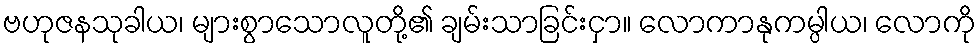
ဗဟုဇနသုခါယ၊ များစွာသောလူတို့၏ ချမ်းသာခြင်းငှာ။ လောကာနုကမ္ပါယ၊ လောကို